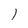
Character: l